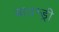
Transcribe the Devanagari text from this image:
बाउन्ड्री